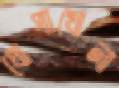
ধোপাখোলা